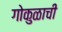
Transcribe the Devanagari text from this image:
गोकुळाची